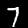
Digit: 7